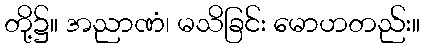
တို့၌။ အညာဏံ၊ မသိခြင်း မောဟတည်း။